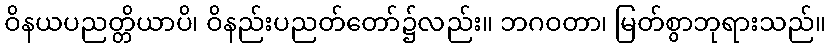
ဝိနယပညတ္တိယာပိ၊ ဝိနည်းပညတ်တော်၌လည်း။ ဘဂဝတာ၊ မြတ်စွာဘုရားသည်။